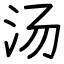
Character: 汤